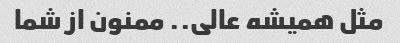
مثل همیشه عالی.. ممنون از شما